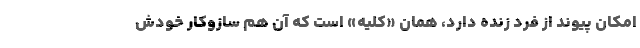
امکان پیوند از فرد زنده دارد، همان «کلیه» است که آن هم ساز‌و‌کار خودش